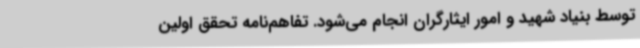
توسط بنیاد شهید و امور ایثارگران انجام می‌شود. تفاهم‌نامه تحقق اولین